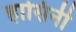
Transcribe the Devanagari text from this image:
हासिनी